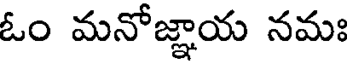
ఓం మనోజ్ఞాయ నమః